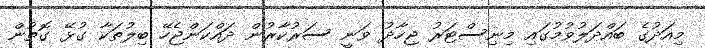
މިއަދުގެ ބައްދަލުވުމުގައި މިނިސްޓަރު ޖިހާދު ވަނީ ސަރުކާރުން ދައްކަންޖެހޭ ބިލުތަކާ ގުޅޭ ގޮތުން